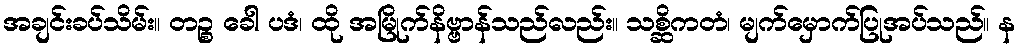
အချင်းခပ်သိမ်း။ တဉ္စ ခေါ ပဒံ၊ ထို အမြိုက်နိဗ္ဗာန်သည်လည်း။ သစ္ဆိကတံ၊ မျက်မှောက်ပြုအပ်သည်။ န